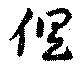
倶